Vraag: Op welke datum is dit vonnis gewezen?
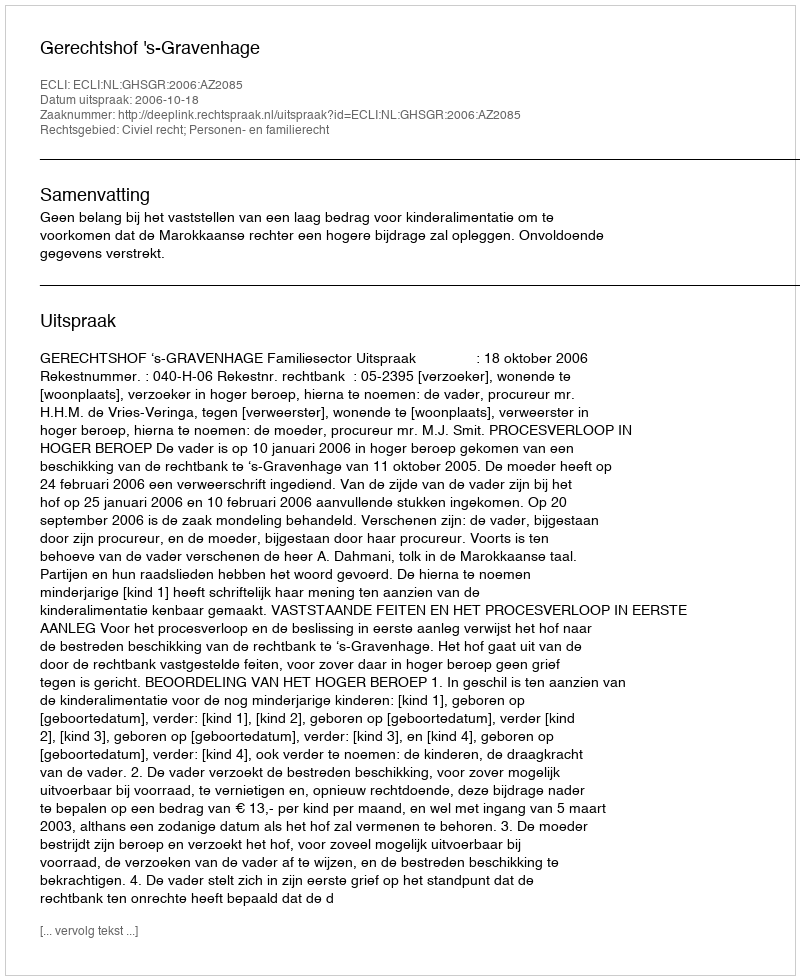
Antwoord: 2006-10-18